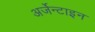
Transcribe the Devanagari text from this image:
अर्जेन्टाइन